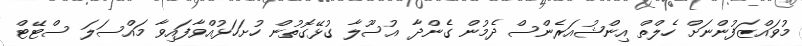
މުވައްޒަފުންނަށް ހެލްތް އިންޝުއަރެންސް ދެމުން ގެންދާ އުސޫލާ ގުޅޭގޮތުން ހުށަހަޅުއްވާފައިވާ މައްސަލަ ސްޓޭޓް